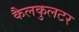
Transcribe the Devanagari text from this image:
कैलकुलटर